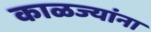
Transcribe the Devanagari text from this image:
काळज्यांना